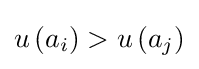
u\left(a_{i}\right)>u\left(a_{j}\right)